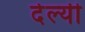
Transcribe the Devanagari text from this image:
देल्यी